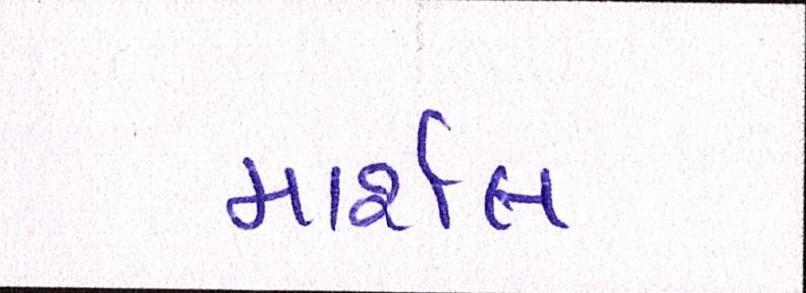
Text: માર્શલ